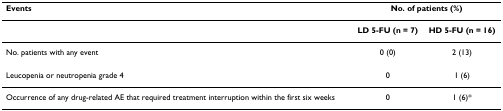
<table><thead><tr><td><b>Events</b></td><td colspan="2"><b>No. of patients (%)</b></td></tr></thead><tbody><tr><td></td><td><b>LD 5-FU (n = 7)</b></td><td><b>HD 5-FU (n = 16)</b></td></tr><tr><td>No. patients with any event</td><td>0 (0)</td><td>2 (13)</td></tr><tr><td>Leucopenia or neutropenia grade 4</td><td>0</td><td>1 (6)</td></tr><tr><td>Occurrence of any drug-related AE that required treatment interruption within the first six weeks</td><td>0</td><td>1 (6)*</td></tr></tbody></table>